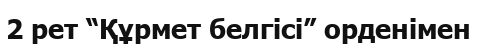
2 рет “Құрмет белгісі” орденімен